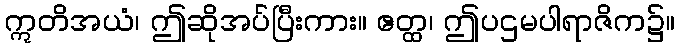
ဣတိအယံ၊ ဤဆိုအပ်ပြီးကား။ ဧတ္ထ၊ ဤပဌမပါရာဇိက၌။